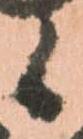
候